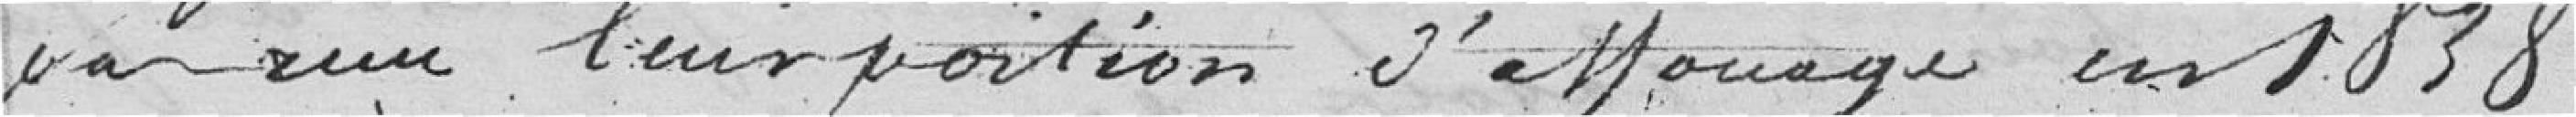
pas reçu leur portion d'affouage en 1838